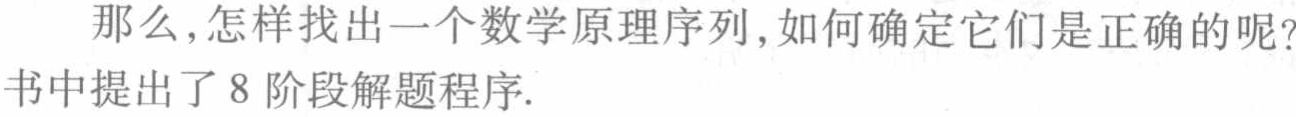
那么,怎样找出一个数学原理序列,如何确定它们是正确的呢? 书中提出了 8 阶段解题程序.